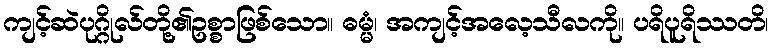
ကျင့်ဆဲပုဂ္ဂိုလ်တို့၏ဥစ္စာဖြစ်သော။ ဓမ္မံ၊ အကျင့်အလေ့သီလကို။ ပရိပူရိဿတိ၊